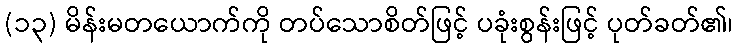
(၁၃) မိန်းမတယောက်ကို တပ်သောစိတ်ဖြင့် ပခုံးစွန်းဖြင့် ပုတ်ခတ်၏၊